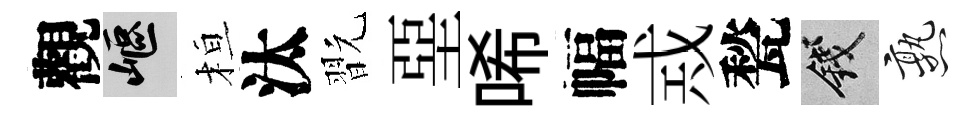
觀嶇桓汰翫堊唏幅𢦶甃錢熟